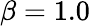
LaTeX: \beta=1.0